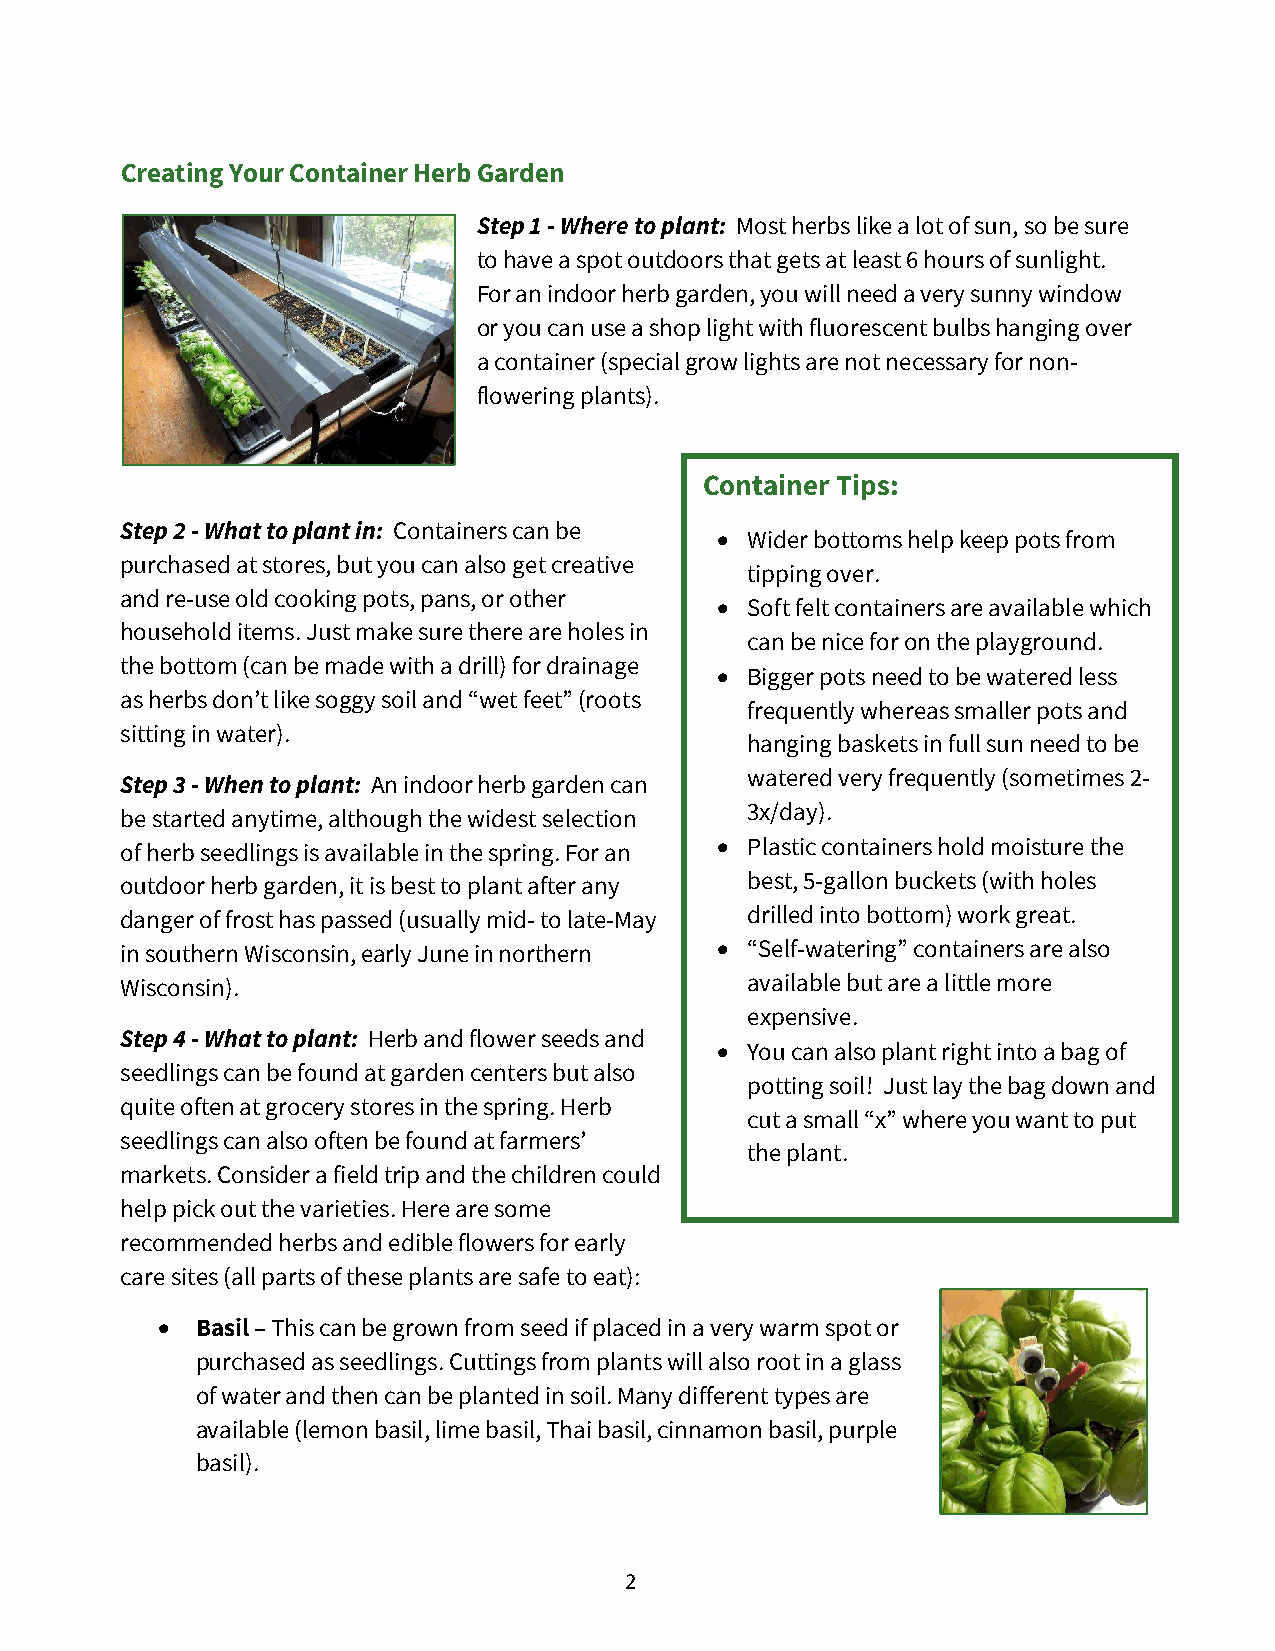
Creating Your Container Herb Garden
 Step 1 - Where to plant: Most herbs like a lot of sun, so be sure
 to have a spot outdoors that gets at least 6 hours of sunlight.
 For an indoor herb garden, you will need a very sunny window
 or you can use a shop light with fluorescent bulbs hanging over
 a container (special grow lights are not necessary for non-
 flowering plants).
 Container Tips:
 Step 2 - What to plant in: Containers can be • Wider bottoms help keep pots from
 purchased at stores, but you can also get creative
 tipping over.
 and re-use old cooking pots, pans, or other • Soft felt containers are available which
 household items. Just make sure there are holes in
 can be nice for on the playground.
 the bottom (can be made with a drill) for drainage • Bigger pots need to be watered less
 as herbs don’t like soggy soil and “wet feet” (roots
 frequently whereas smaller pots and
 sitting in water).
 hanging baskets in full sun need to be
 Step 3 - When to plant: An indoor herb garden can watered very frequently (sometimes 2-
 3x/day).
 be started anytime, although the widest selection
 of herb seedlings is available in the spring. For an • Plastic containers hold moisture the
 outdoor herb garden, it is best to plant after any best, 5-gallon buckets (with holes
 danger of frost has passed (usually mid- to late-May drilled into bottom) work great.
 in southern Wisconsin, early June in northern • “Self-watering” containers are also
 Wisconsin).                              available but are a little more
 expensive.
 Step 4 - What to plant: Herb and flower seeds and
 • You can also plant right into a bag of
 seedlings can be found at garden centers but also
 potting soil! Just lay the bag down and
 quite often at grocery stores in the spring. Herb
 cut a small “x” where you want to put
 seedlings can also often be found at farmers’
 the plant.
 markets. Consider a field trip and the children could
 help pick out the varieties. Here are some
 recommended herbs and edible flowers for early
 care sites (all parts of these plants are safe to eat):
 •  Basil – This can be grown from seed if placed in a very warm spot or
 purchased as seedlings. Cuttings from plants will also root in a glass
 of water and then can be planted in soil. Many different types are
 available (lemon basil, lime basil, Thai basil, cinnamon basil, purple
 basil).
 2